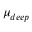
\mu _ { d e e p }